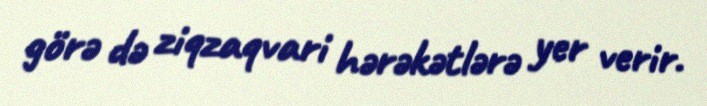
görə də ziqzaqvari hərəkətlərə yer verir.